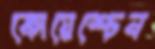
কোয়েশ্চেন